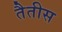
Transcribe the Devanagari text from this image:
तैतीस